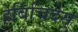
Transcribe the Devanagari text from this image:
हेर्बिचिदेस्